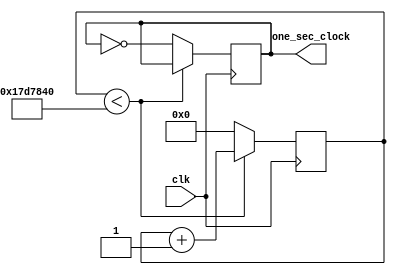
`timescale 1ns / 1ps
//////////////////////////////////////////////////////////////////////////////////
// Company: 
// Engineer: 
// 
// Design Name: 
// Module Name:    ALARM_CLOCK 
// Project Name: 
// Target Devices: 
// Tool versions: 
// Description: 
//
// Dependencies: 
//
// Revision: 
// Revision 0.01 - File Created
// Additional Comments: 
//
//////////////////////////////////////////////////////////////////////////////////
/*creates a clock whose period is one second*/

module one_second_clock (
    input clk,
    output reg one_sec_clock
	 );
	 reg [25:0] one_sec_counter = 0;
	 always @(posedge clk)
		begin
		if (one_sec_counter < 25000000)
			one_sec_counter <= one_sec_counter + 1;
		else
			begin
			one_sec_counter <=0;
			one_sec_clock <= ~one_sec_clock;
			end
		end
endmodule